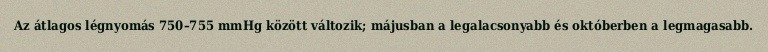
Az átlagos légnyomás 750–755 mmHg között változik; májusban a legalacsonyabb és októberben a legmagasabb.